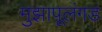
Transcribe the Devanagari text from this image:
मुझापूलंगड